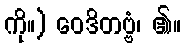
ကို။) ဝေဒိတဗ္ဗံ၊ ၏။